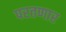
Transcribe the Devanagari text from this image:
परतणार